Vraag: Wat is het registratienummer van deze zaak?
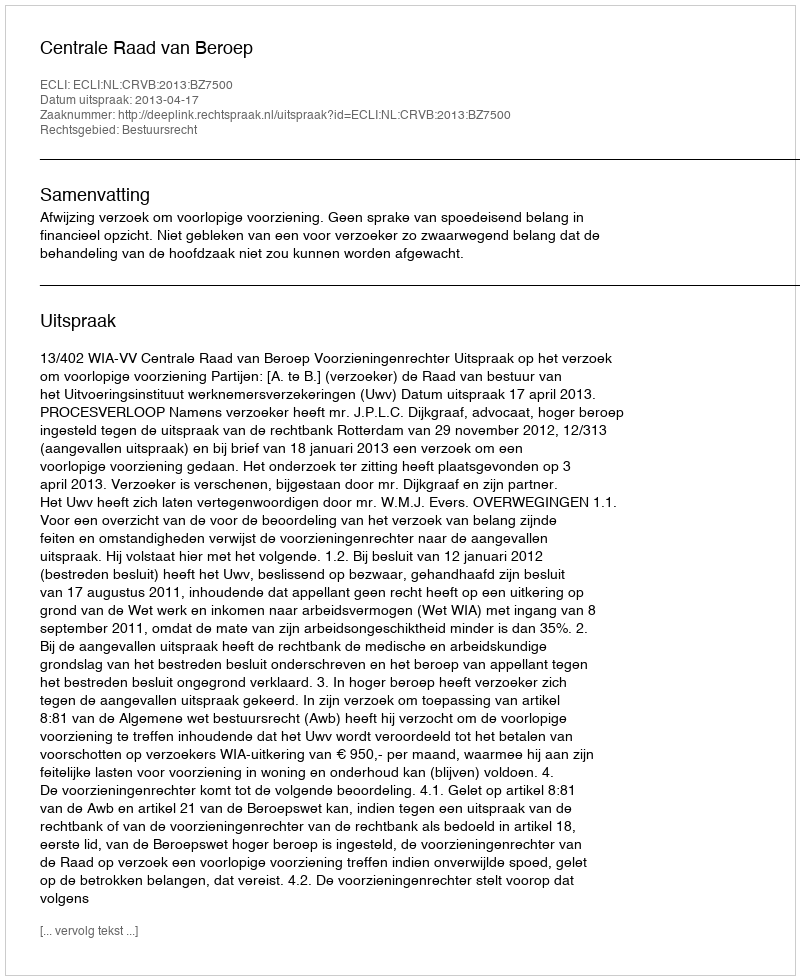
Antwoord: http://deeplink.rechtspraak.nl/uitspraak?id=ECLI:NL:CRVB:2013:BZ7500